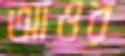
আওর